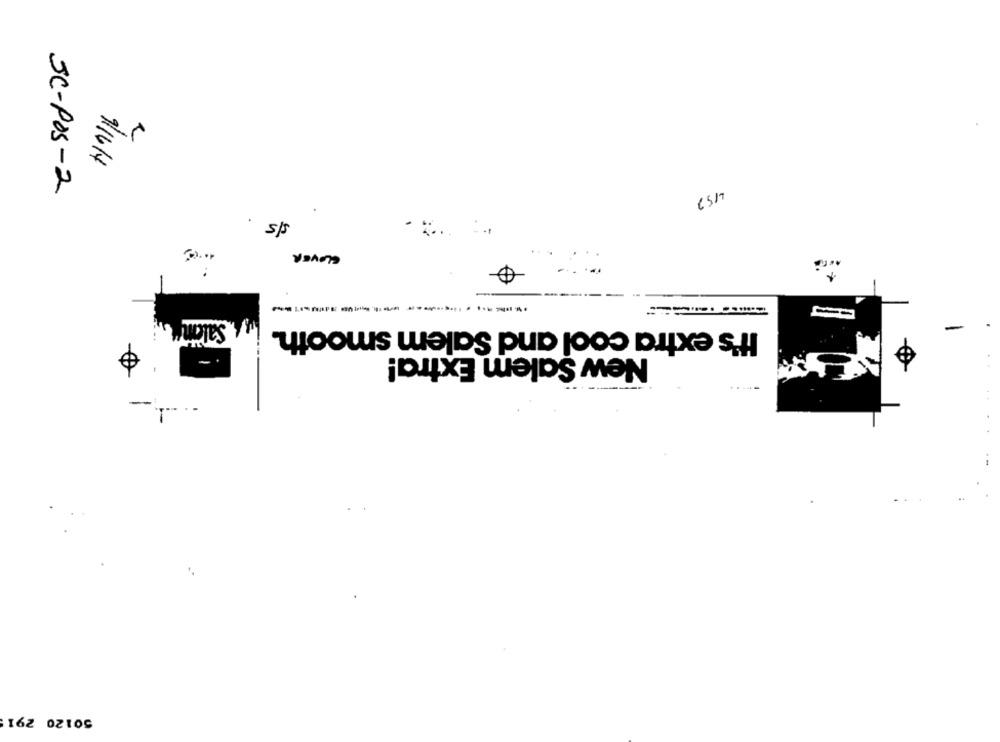
9/16/4
SC-POS-2
· s/s
CLOVER
----
Salam"
It's extra cool and Salem smooth.
New Salem Extra!
-
50120 291